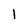
Character: 1